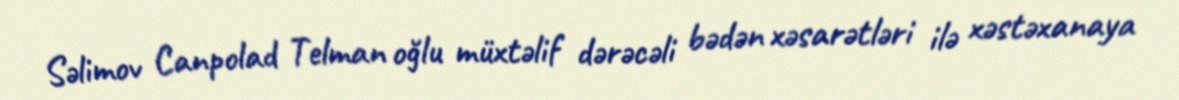
Səlimov Canpolad Telman oğlu müxtəlif dərəcəli bədən xəsarətləri ilə xəstəxanaya